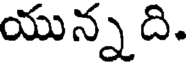
యున్నది.